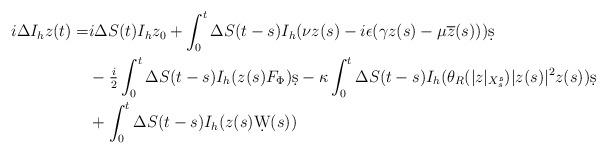
LaTeX: \begin{align*} i\Delta I_h z(t)=&i\Delta S(t) I_h z_0+\int_0^t \Delta S(t-s) I_h(\nu z(s) -i \epsilon (\gamma z(s) -\mu \overline{z}(s)))\d s\\ &-\tfrac{i}{2}\int_0^t \Delta S(t-s)I_h(z(s)F_\Phi )\d s - \kappa \int_0^t \Delta S(t-s)I_h(\theta_R(|z|_{X^{\mathfrak{s}}_s})|z(s)|^2z(s))\d s\\ &+\int_0^t \Delta S(t-s)I_h(z(s)\d W(s))\end{align*}